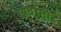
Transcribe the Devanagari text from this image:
अवस्ती